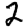
Digit: 2